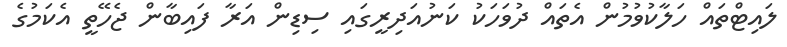
ލައިޓްތައް ހަލާކުވުމުން އެތައް ދުވަހަކު ކަނުއަދިރީގައި ސިޑިން އަރާ ފައިބާން ޖެހޭތީ އެކަމުގެ